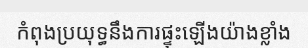
កំពុងប្រយុទ្ធនឹងការផ្ទុះឡើងយ៉ាងខ្លាំង